Leaving Certificate Examination, 1919, 1919
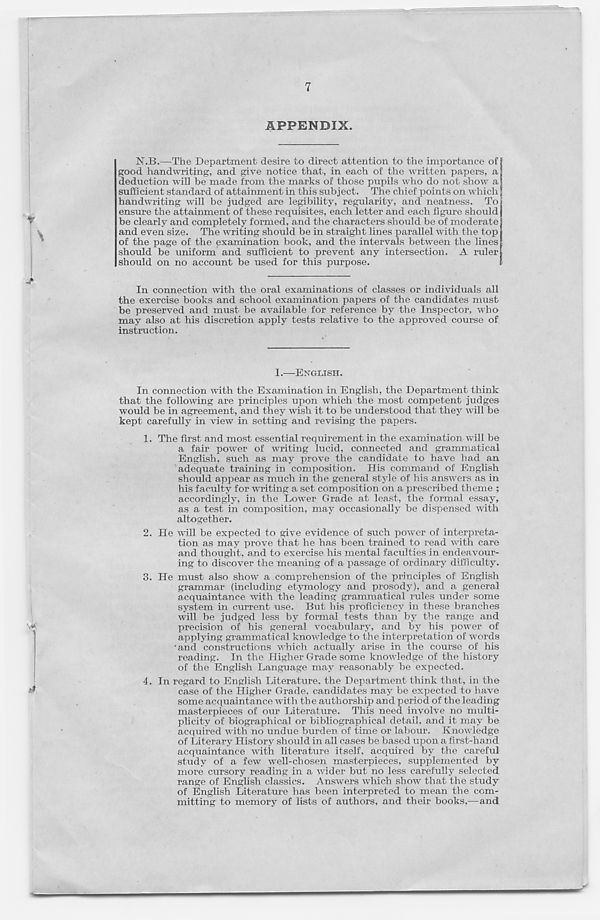
7
APPENDIX.
N.B.—The Department desire to direct attention to the importance of
good handwriting, and give notice that, in each of the written papers, a
deduction will be made from the marks of those pupils who do not show a
sufficient standard of attainment in this subject. The chief points on which
handwriting will be judged are legibility, regularity, and neatness. To
ensure the attainment of these requisites, each letter and each figure should
be clearly and completely formed, and the characters should be of moderate
and even size. The writing should be in straight lines parallel with the top
of the page of the examination book, and the intervals between the lines
should be uniform and sufficient to prevent any intersection. A ruler
should on no account be used for this purpose.
In connection with the oral examinations of classes or individuals all
the exercise books and school examination papers of the candidates must
be preserved and must be available for reference by the Inspector, who
may also at his discretion apply tests relative to the approved course of
instruction.
1.—ENGLISH.
In connection with the Examination in English, the Department think
that the following are principles upon which the most competent judges
would be in agreement, and they wish it to be understood that they will be
kept carefully in view in setting and revising the papers.
1. The first and most essential requirement in the examination will be
a fair power of writing lucid, connected and grammatical
English, such as may prove the candidate to have had an
adequate training in composition. His command of English
should appear as much in the general style of his answers as in
his faculty for writing a set composition on a prescribed theme ;
accordingly, in the Lower Grade at least, the formal essay,
as a test in composition, may occasionally be dispensed with
altogether.
2. He will be expected to give evidence of such power of interpreta-
tion as may prove that he has been trained to read with care
and thought, and to exercise his mental faculties in endeavour-
ing to discover the meaning of a passage of ordinary difficulty.
3. He must also show a comprehension of the principles of English
grammar (including etymology and prosody), and a general
acquaintance with the leading grammatical rules under some
system in current use. But his proficiency in these branches
will be judged less by formal tests than by the range and
precision of his general vocabulary, and by bis power of
applying grammatical knowledge to the interpretation of words
'and constructions which actually arise in the course of his
reading. In the Higher Grade some knowledge of the history
of the English Language may reasonably be expected.
4. In regard to English Literature, the Department think that, in the
case of the Higher Grade, candidates may be expected to have
some acquaintance with the authorship and period of the leading
masterpieces of our Literature. This need involve no multi-
plicity of biographical or bibliographical detail, and it may be
acquired with no undue burden of time or labour. Knowledge
of Literary History should in all cases be based upon a first-hand
acquaintance with literature itself, acquired by the careful
study of a few well-chosen masterpieces, supplemented by
more cursory reading in a wider but no less carefully selected
range of English classics. Answers which show that the study
of English Literature has been interpreted to mean the com-
mitting to memory of lists of authors, and their books,—and